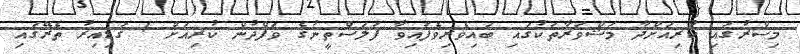
މިސްރުގައި ކުރިއަށްދާ މަޝްވަރާތަކުގައި ބައިވެރިވެފައިވާ ފަލަސްތީނުގެ ވަފްދުން ކުރިއަށް 1 ގަޑިއިރު ތެރޭގައި